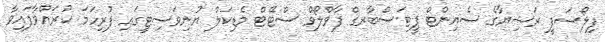
ފިލޯސަފީ ރަޝިޔާގެ ސެއިންޓް ޕީޓަސްބާރގް ފާވްލޯވް ސްޓޭޓް މެޑިކަލް ޔުނިވަސިޓީގައި ފުރިހަމަ ކުރައްވާފައިވާ